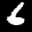
Label: 6